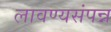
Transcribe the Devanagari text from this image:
लावण्यसंपन्न